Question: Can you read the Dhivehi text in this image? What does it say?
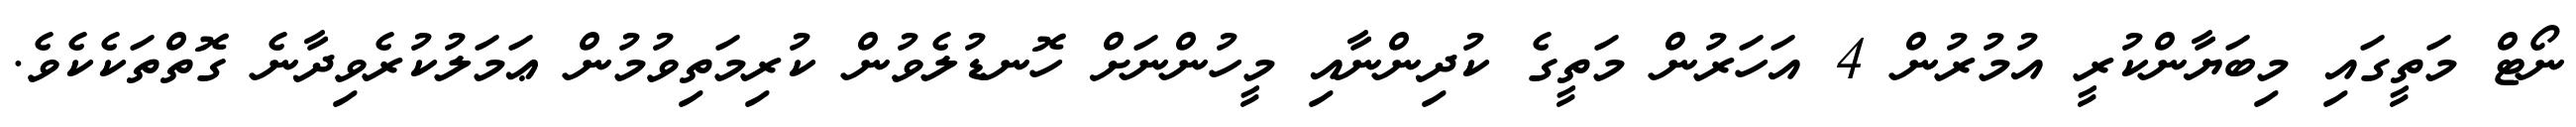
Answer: ނޯޓް މަތީގައި މިބަޔާންކުރީ އުމުރުން 4 އަހަރުން މަތީގެ ކުދިންނާއި މީހުންނަށް ހޮނޑުލެވުން ކުރިމަތިވުމުން ޢަމަލުކުރެވިދާނެ ގޮތްތަކެކެވެ.